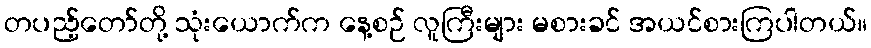
တပည့်တော်တို့ သုံးယောက်က နေ့စဉ် လူကြီးများ မစားခင် အယင်စားကြပါတယ်။